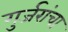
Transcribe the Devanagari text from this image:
गुर्जरांचा